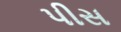
પીસ